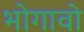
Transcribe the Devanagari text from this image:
भोगावो